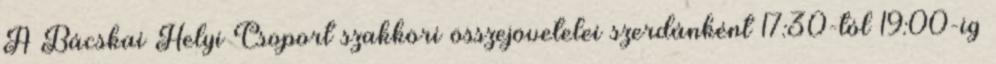
A Bácskai Helyi Csoport szakköri összejövetelei szerdánként 17:30-tól 19:00-ig